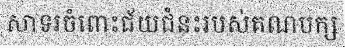
សាទរចំពោះជ័យជំនះរបស់គណបក្ស